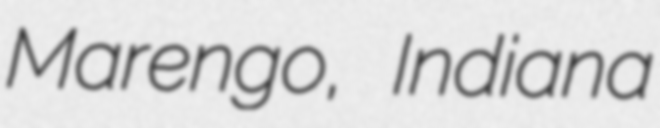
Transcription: Marengo, Indiana